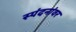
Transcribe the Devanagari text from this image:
स्पंदनांवर